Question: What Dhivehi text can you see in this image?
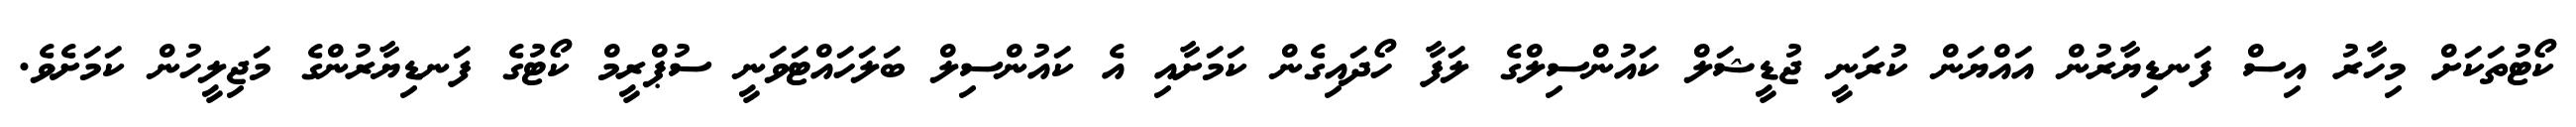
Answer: ކޯޓުތަކަށް މިހާރު އިސް ފަނޑިޔާރުން އައްޔަން ކުރަނީ ޖުޑީޝަލް ކައުންސިލްގެ ލަފާ ހޯދައިގެން ކަމަށާއި އެ ކައުންސިލް ބަލަހައްޓަވަނީ ސުޕްރީމް ކޯޓުގެ ފަނޑިޔާރުންގެ މަޖިލީހުން ކަމަށެވެ.